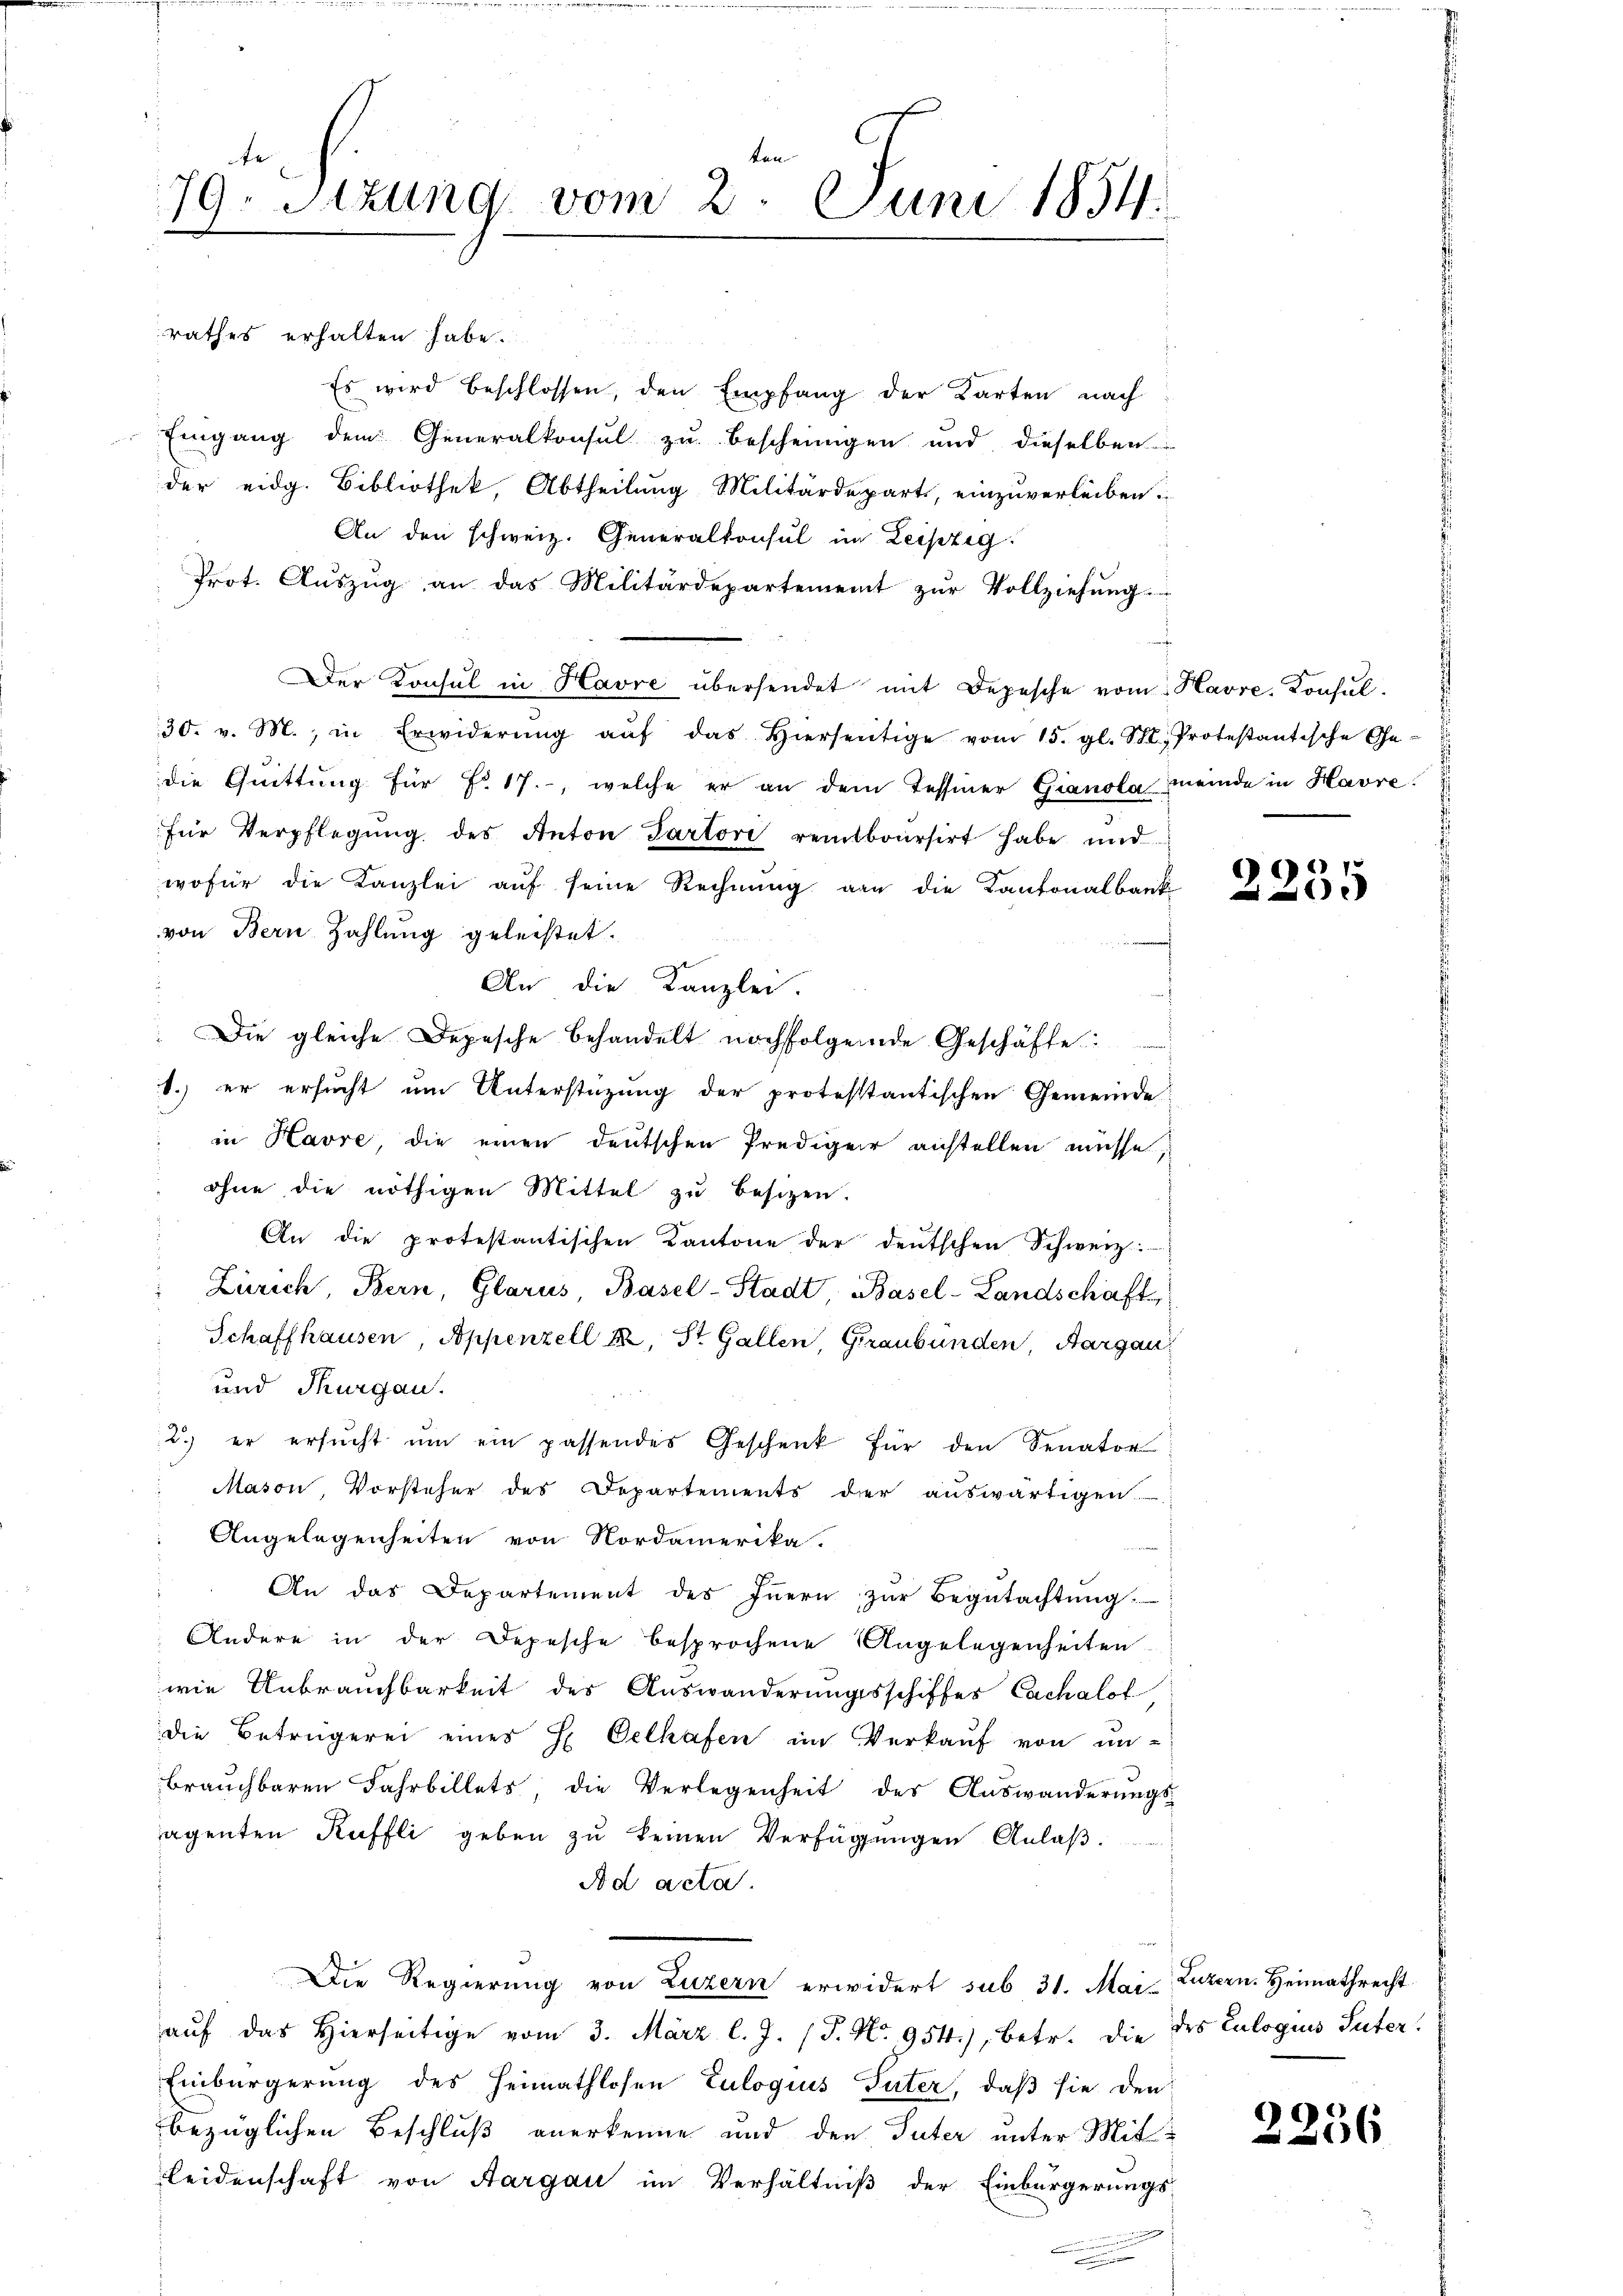
79. Sitzung vom 2. Juni 1854.

rathes erhalten habe.
Es wird beschlossen, den Empfang der Karten nach
Eingang dem Generalkonsul zu bescheinigen und dieselben
der eidg. Bibliothek, Abtheilung Militärdepart, einzuverleiben.
An den schweiz. Generalkonsul im Leipzig
Prot. Auszug an das Militärdepartement zur Vollziehung.
Der Konsul in Havre übersendet mit Depesche vom Havre, Konsul¬
30. v. M., in Erwiderŭng aŭf das hierseitige vom 15. gl. St. Protestantische Ge-
die Quittung für No 17., welche er an dem Tessiner Gianola meinde in Havre
für Verpflegŭng des Anton Partori remboursirt habe und
wofür die Kanzlei auf seine Rechnung von die Kantonalbank
von Bern Zahlung geleistet.
An die Kanzlei.
" Die gleiche Depesche behandelt nachfolgende Geschäfte:
1.) er ersucht um Unterstüzung der protestantischen Gemeinde
in Havre, die einen deutschen Prediger anstellen müsse,
ohne die nöthigen Mittel zu besizen.
An die protestantischen Kantone der deutschen Schweiz.
: Zürich, Bern, Glarus, Basel-Stadt, Basel-Landschaft
Schaffhausen, Appenzell A. St. Gallen, Graubünden, Aargau
und Thurgau.
2.) er ersŭcht ŭm ein passendes Geschenk für den Senator
Mason, Vorsteher des Departements der auswärtigen.
Angelegenheiten von Nordamerika.
An das Departement des Iṅern zŭr Begŭtachtŭng
Andere in der Depesche besprochene Angelegenheiten
wie Unbrauchbarkeit des Auswanderungsschiffes Cachalot
die Betrügerei eines H Oelhafen im Verkauf von un-
brauchbaren Fahrbillets, die Verlegenheit des Auswanderungs-
agenten Kuffli geben zu keinen Verfügungen Anlaß.
Ad acta.
Die Regierung von Luzern erwidert sub 31. Mai-Luzern. Heimathrecht
aŭf das hierseitige vom 3. März l. J. (T. No. 954.), betr. die des Culoguus Suter!
Einbürgerung des Heimathlosen Eulogus Suter, daß sie den
bezüglichen Beschluß anerkenne und den Suter unter Mit¬
Leidenschaft von Aargau im Verhältniß der Einbürgerungs-

2235

2256